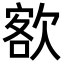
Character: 𣣟